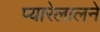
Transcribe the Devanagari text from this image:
प्यारेलालने